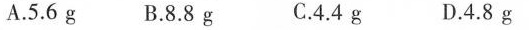
A.5.6g B.8.8g C.4.4g D.4.8g